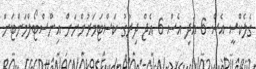
ގެލެކްސީ އެސް 6 އަދި އެސް 6 އެޖް ދިރާގު ކަސްޓަމަރުންނަށް އިންސްޓޯލްމަންޓަށް